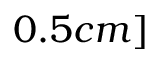
0 . 5 c m ]